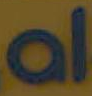
al